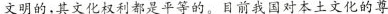
文明的，其文化权利都是平等的。目前我国对本土文化的尊